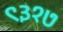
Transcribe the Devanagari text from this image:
९३१७